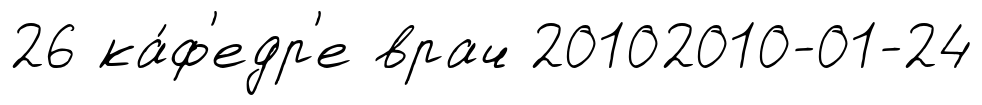
26 ка́ф'едр'е врач 20102010-01-24